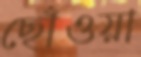
ছোঁওয়া